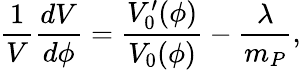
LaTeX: {\frac{1}{V}}{\frac{dV}{d\phi}}={\frac{V_{0}^{\prime}(\phi)}{V_{0}(\phi)}}-{\frac{\lambda}{m_{P}}},